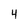
Character: 4